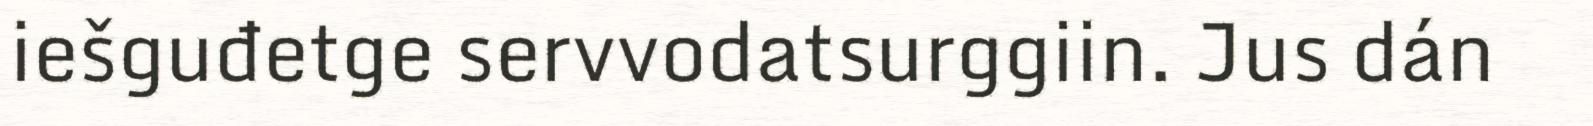
iešguđetge servvodatsurggiin. Jus dán